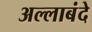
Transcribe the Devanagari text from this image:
अल्लाबंदे